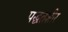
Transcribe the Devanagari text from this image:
पद्घतशीर